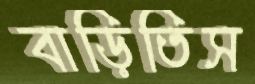
বাড়িতিস